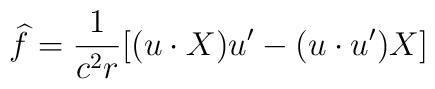
\widehat{f}=\frac 1{c^2r}[(u\cdot X)u^{\prime }-(u\cdot u^{\prime })X]